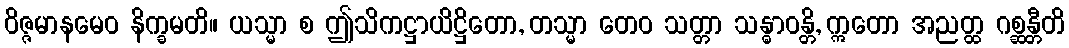
ဝိဇ္ဇမာနမေဝ နိက္ခမတိ။ ယသ္မာ စ ဤသိကဋ္ဌာယိဋ္ဌိတော, တသ္မာ တေဝ သတ္တာ သန္ဓာဝန္တိ, ဣတော အညတ္ထ ဂစ္ဆန္တီတိ